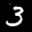
Label: 3